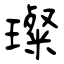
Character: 璨